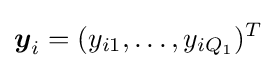
{\boldsymbol {y}}_{i}=(y_{i1},\ldots ,y_{iQ_{1}})^{T}